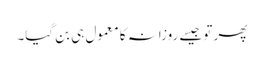
پھر تو جیسے روزانہ کا معمول ہی بن گیا۔